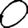
Digit: 0